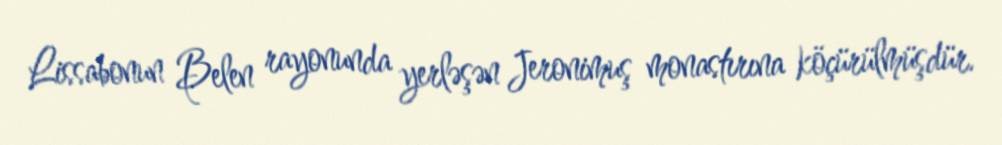
Lissabonun Belen rayonunda yerləşən Jeronimuş monastırına köçürülmüşdür.